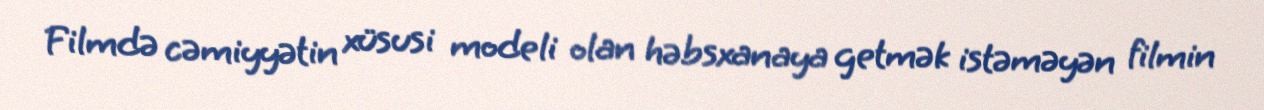
Filmdə cəmiyyətin xüsusi modeli olan həbsxanaya getmək istəməyən filmin